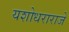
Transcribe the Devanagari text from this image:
यशोधराराजे